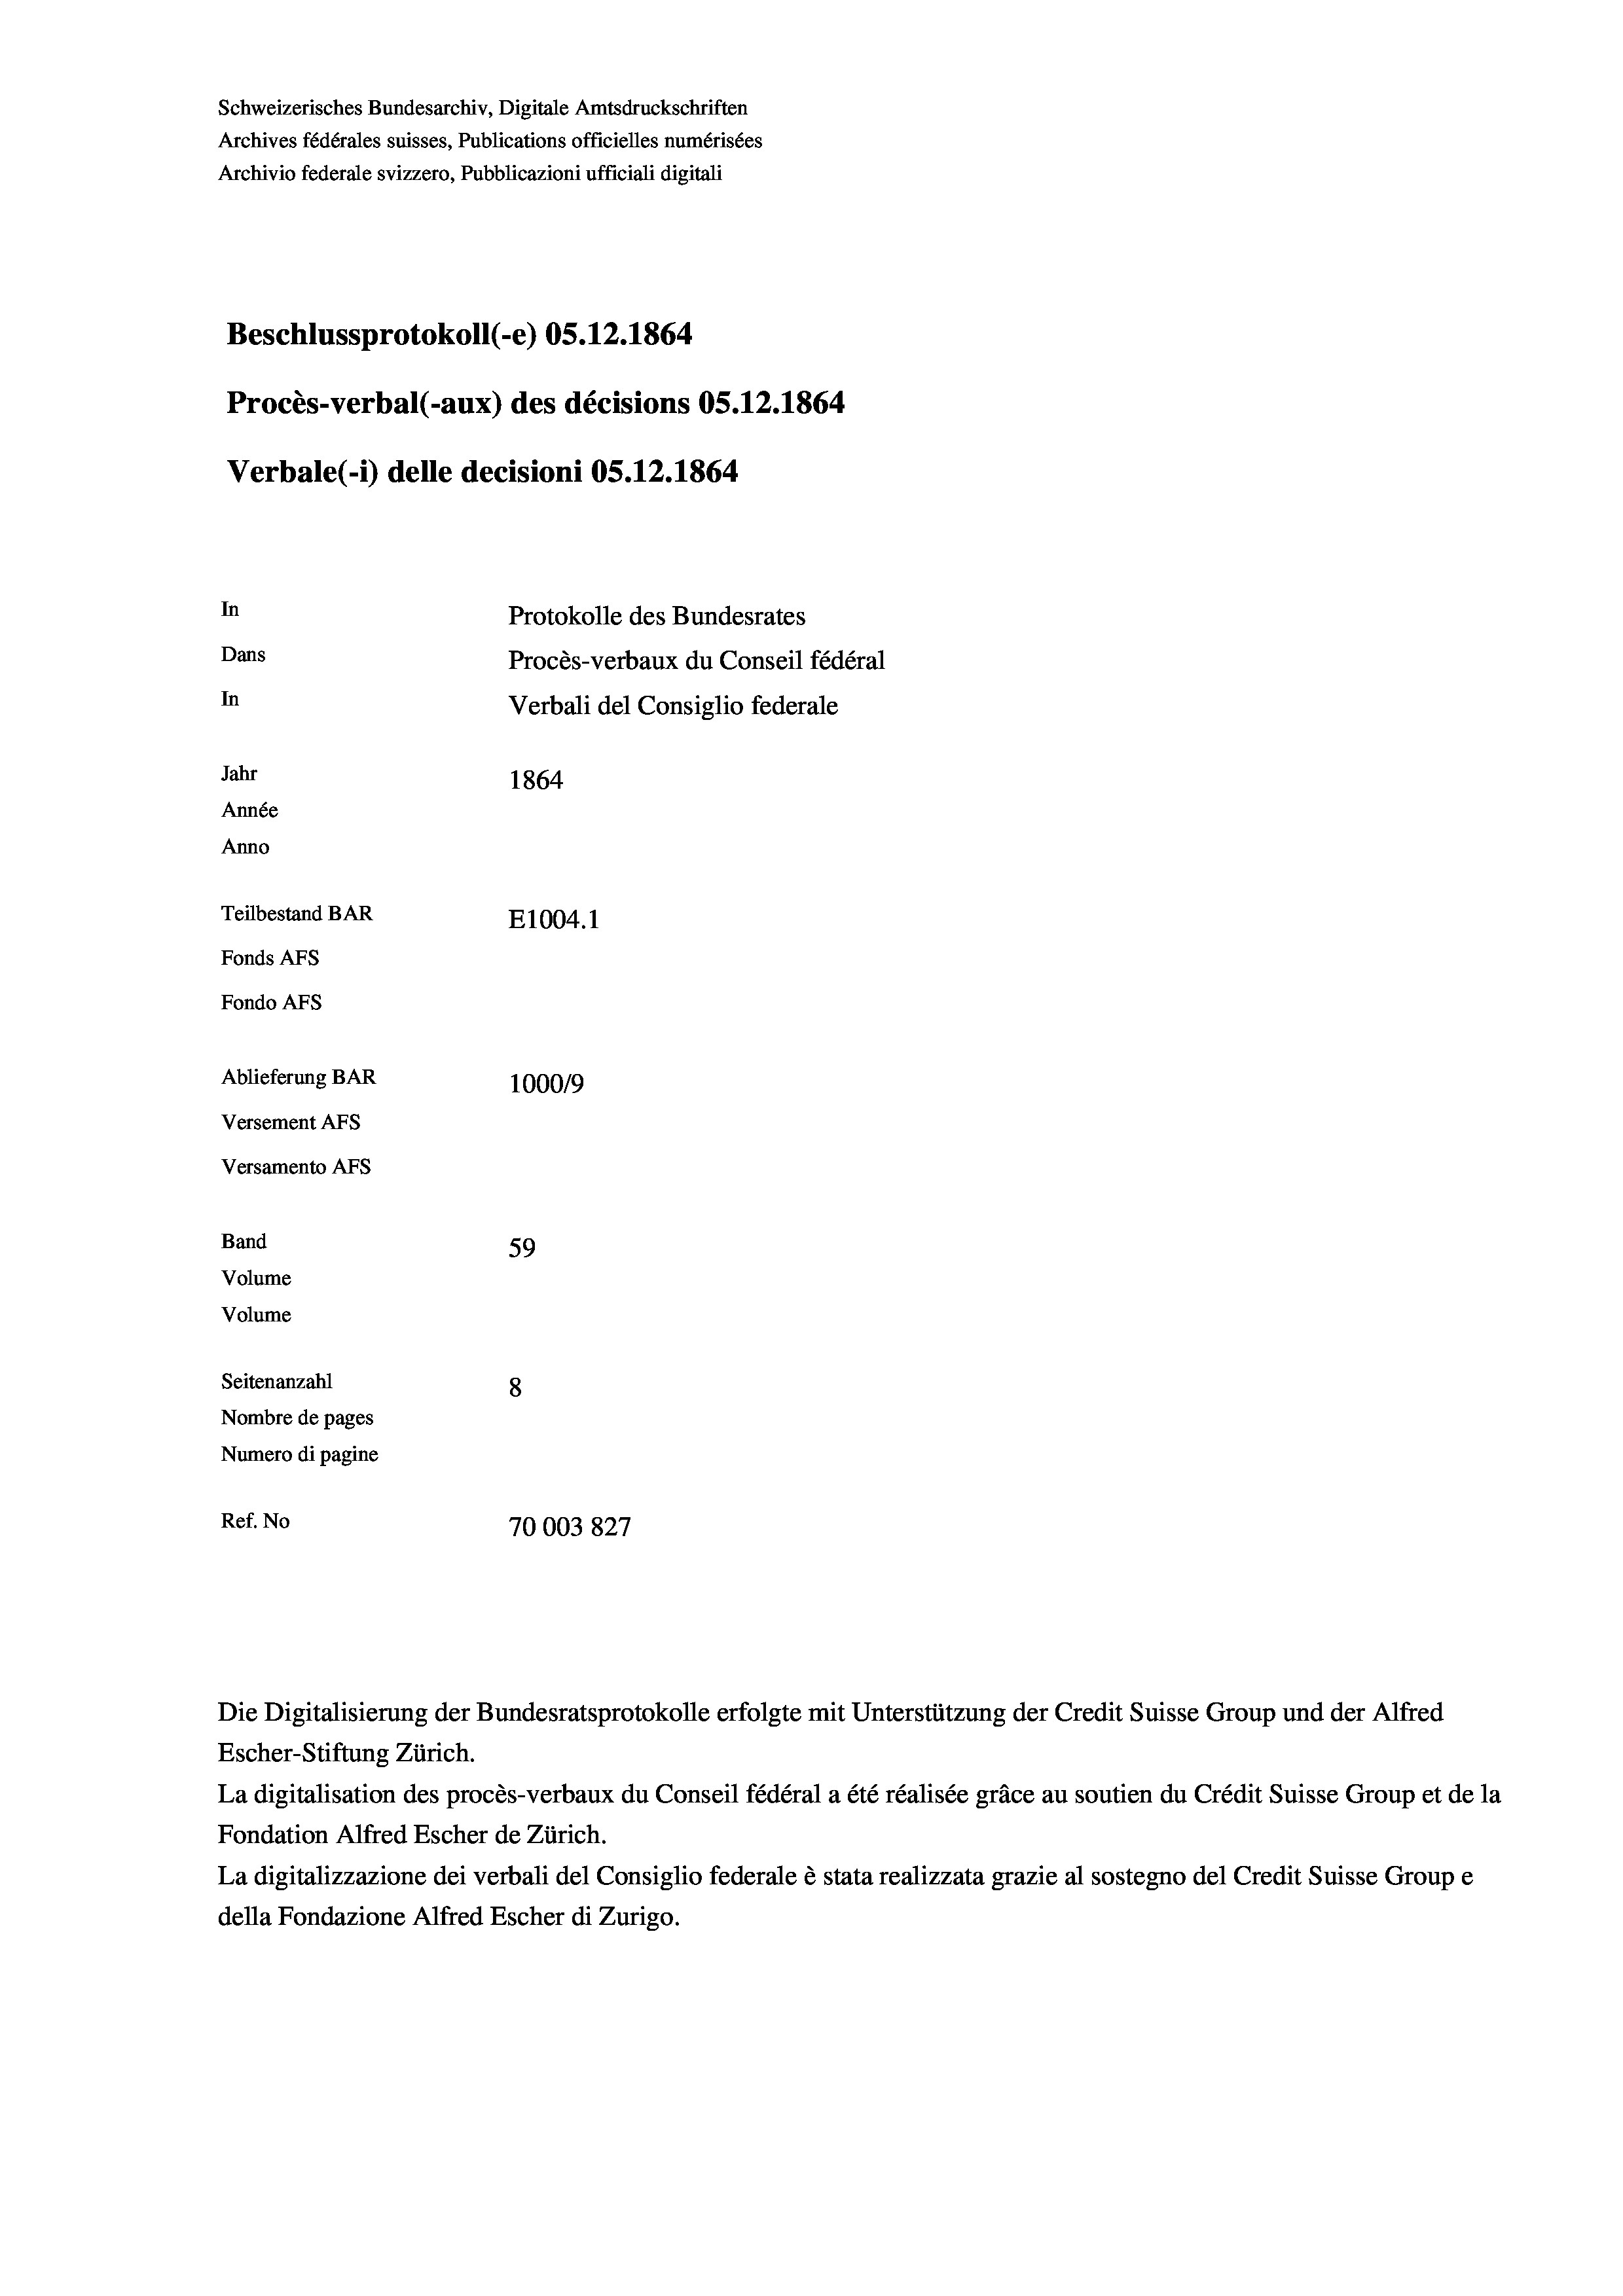
Schweizerisches Bundesarchiv, Digitale Amtsdruckschriften
Archives fédérales suisses, Publications officielles numérisées
Archivio federale svizzero, Pubblicazioni ufficiali digitali
Beschlussprotokoll (-e) OS.12.1864
Procès-verbal (-aux) des décisions OS.12.1864
Verbale (i) delle decisioni OS.12.1864
In
Protokolle des Bundesrates
Dans
Procès-verbaux du Conseil fédéral
In
Verbali del Consiglio federale
Jahr
1864
Année
Anno
Teilbestand BAR
E1004. 1
Fonds AFs
Fondo Afs
Ablieferung BAR
100019
Versement AFS
Versamento Afs
Band
59
Volume
Volume

Seitenanzahl
8
Nombre de pages
Numero di pagine
Ref. No
70003827

Escher-Stiftung Zürich.
La digitalisation des procès-verbaux du Conseil fédéral a été réalisée gräce au soutien du Crédit Suisse Group et de la
Fondation Alfred Escher de Zürich.
La digitalizzazione dei verbali del Consiglio federale è stata realizzata grazie al sostegno del Credit Suisse Groupe
della Fondazione Alfred Escher di Zurigo.

Die Digitalisierung der Bundesratsprotokolle erfolgte mit Unterstützung der Credit Suisse Group und der Alfred